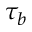
\tau _ { b }